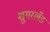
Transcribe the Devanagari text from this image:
शुगरलँड